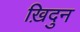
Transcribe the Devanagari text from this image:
ख़िदुन